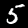
Label: 5